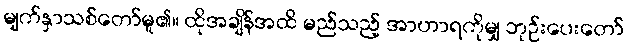
မျက်နှာသစ်တော်မူ၏။ ထိုအချိန်အထိ မည်သည့် အာဟာရကိုမျှ ဘုဉ်းပေးတော်